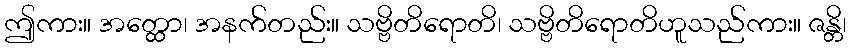
ဤကား။ အတ္ထော၊ အနက်တည်း။ သဗ္ဗိတိရောတိ၊ သဗ္ဗိတိရောတိဟူသည်ကား။ ဇန္တိ၊